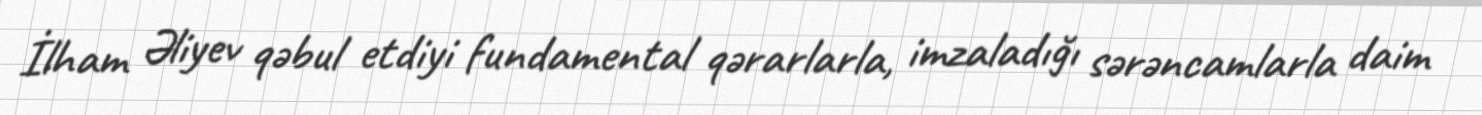
İlham Əliyev qәbul etdiyi fundamental qәrarlarla, imzaladığı sәrәncamlarla daim